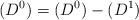
LaTeX: \begin{align*}(D^0)=( D^0)-( D^1)\end{align*}